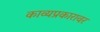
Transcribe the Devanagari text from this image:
काव्यप्रकारावर